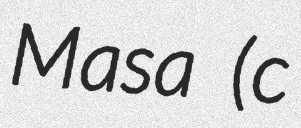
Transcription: Masa (c